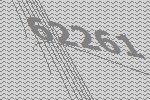
62261